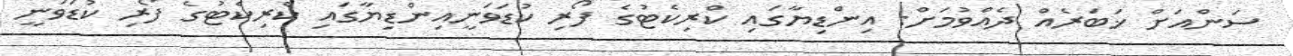
ސަންއަށް ޚަބަރެއް ދެއްވުމަށް: އިންޑިޔާގައި ކްރިކެޓުގެ ފޯރި ކުޑަވަނީއިންޑިޔާގައި ކްރިކެޓުގެ ފޯރި ކުޑަވަނީ